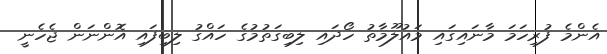
އެންމެ ފުރިހަމަ މާނައިގައި މައުލޫމާތު ހޯދައި ލިބިގަތުމުގެ ހައްގު ލިބިފައި އޮންނަން ޖެހެނީ